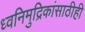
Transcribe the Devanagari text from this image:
ध्वनिमुद्रिकांसाठीही